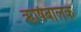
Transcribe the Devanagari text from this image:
ऋषिबालक